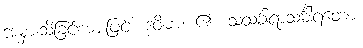
အမှားသိခြင်းအားဖြင့်။ ဒုဝိဓာ၊ ၏။ သသင်္ခါရာသင်္ခါရတော၊